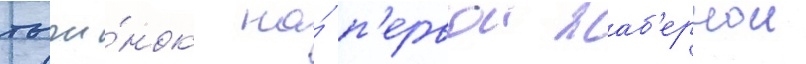
тычи́нок на́ п'ервои жаб'ернои